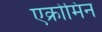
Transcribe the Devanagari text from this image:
एक्रोमिन